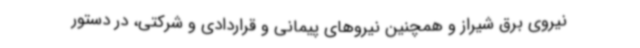
نیروی برق شیراز و همچنین نیروهای پیمانی و قراردادی و شرکتی، در دستور